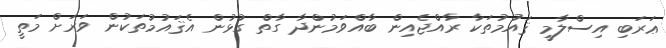
ޢަރަބި އިސްލާމީ ޤައުމުތަކާ ރާއްޖެއިން ބާއްވަމުންދާ ގާތް ގުޅުން އެޤައުމުތަކުން ވަރަށް މަތީ